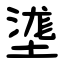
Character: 㙙